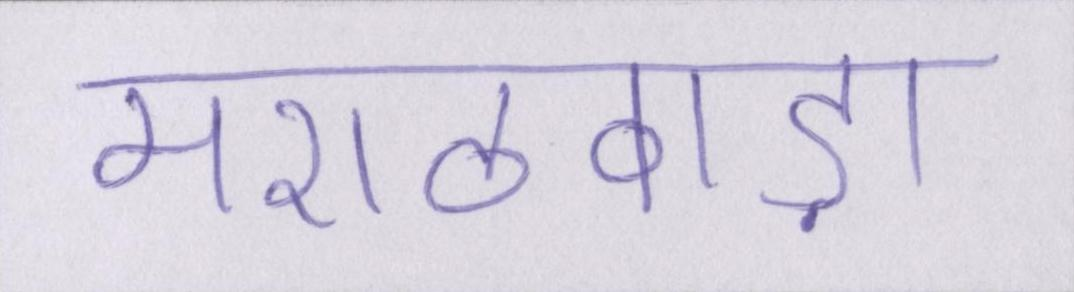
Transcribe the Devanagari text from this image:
मराठवाड़ा